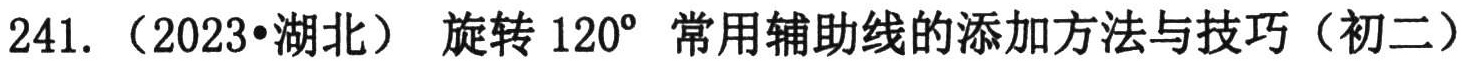
241.（2023•湖北）旋转 \(120^{\circ}\) 常用辅助线的添加方法与技巧（初二）